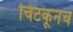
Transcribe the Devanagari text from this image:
चिटकूनच